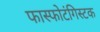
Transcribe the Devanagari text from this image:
फास्फोटंगिस्टक